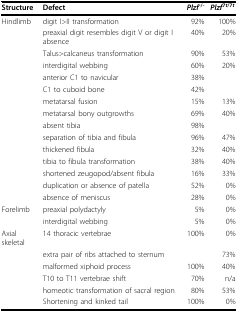
<table><thead><tr><td><b>Structure</b></td><td><b>Defect</b></td><td><b><i>Plzf</i><sup>-/-</sup></b></td><td><b><i>Plzf</i><sup>7<i>t</i>/7<i>t</i></sup></b></td></tr></thead><tbody><tr><td>Hindlimb</td><td>digit I&gt;II transformation</td><td>92%</td><td>100%</td></tr><tr><td></td><td>preaxial digit resembles digit V or digit I absence</td><td>40%</td><td>20%</td></tr><tr><td></td><td>Talus&gt;calcaneus transformation</td><td>90%</td><td>53%</td></tr><tr><td></td><td>interdigital webbing</td><td>60%</td><td>20%</td></tr><tr><td></td><td>anterior C1 to navicular</td><td>38%</td><td></td></tr><tr><td></td><td>C1 to cuboid bone</td><td>42%</td><td></td></tr><tr><td></td><td>metatarsal fusion</td><td>15%</td><td>13%</td></tr><tr><td></td><td>metatarsal bony outgrowths</td><td>69%</td><td>40%</td></tr><tr><td></td><td>absent tibia</td><td>98%</td><td></td></tr><tr><td></td><td>separation of tibia and fibula</td><td>96%</td><td>47%</td></tr><tr><td></td><td>thickened fibula</td><td>32%</td><td>40%</td></tr><tr><td></td><td>tibia to fibula transformation</td><td>38%</td><td>40%</td></tr><tr><td></td><td>shortened zeugopod/absent fibula</td><td>16%</td><td>33%</td></tr><tr><td></td><td>duplication or absence of patella</td><td>52%</td><td>0%</td></tr><tr><td></td><td>absence of meniscus</td><td>28%</td><td>0%</td></tr><tr><td>Forelimb</td><td>preaxial polydactyly</td><td>5%</td><td>0%</td></tr><tr><td></td><td>interdigital webbing</td><td>5%</td><td>0%</td></tr><tr><td>Axial skeletal</td><td>14 thoracic vertebrae</td><td>100%</td><td>0%</td></tr><tr><td></td><td>extra pair of ribs attached to sternum</td><td></td><td>73%</td></tr><tr><td></td><td>malformed xiphoid process</td><td>100%</td><td>40%</td></tr><tr><td></td><td>T10 to T11 vertebrae shift</td><td>70%</td><td>n/a</td></tr><tr><td></td><td>homeotic transformation of sacral region</td><td>80%</td><td>53%</td></tr><tr><td></td><td>Shortening and kinked tail</td><td>100%</td><td>0%</td></tr></tbody></table>